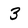
Character: 3